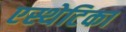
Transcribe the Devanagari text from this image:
एस्थेटिका